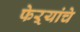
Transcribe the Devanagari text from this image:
फेऱ्यांचे